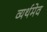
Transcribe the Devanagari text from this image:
व्यर्थमेव